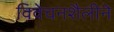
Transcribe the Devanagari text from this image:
विवेचनशैलीने